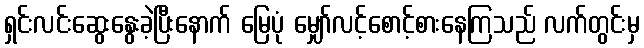
ရှင်းလင်းဆွေးနွေးခဲ့ပြီးနောက် မြေပုံ မျှော်လင့်စောင့်စားနေကြသည် လက်တွင်းမှ